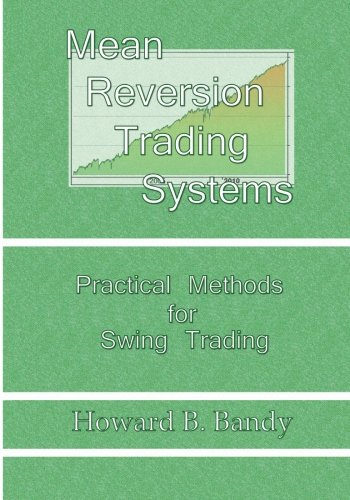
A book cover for Mean Reversion Trading Systems; Dr Howard B Bandy; Business & Money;